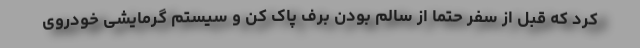
کرد که قبل از سفر حتماً از سالم بودن برف پاک کن و سیستم گرمایشی خودروی